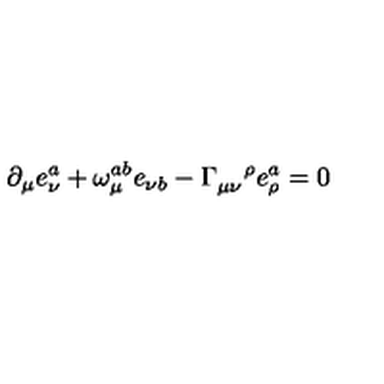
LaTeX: \partial _ { \mu } e _ { \nu } ^ { a } + \omega _ { \mu } ^ { a b } e _ { \nu b } - \Gamma _ { \mu \nu } ^ { \quad \rho } e _ { \rho } ^ { a } = 0